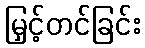
မြှင့်တင်ခြင်း